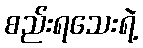
စည်းရသေးရဲ့